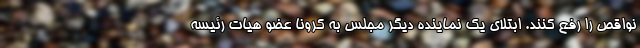
نواقص را رفع کنند. ابتلای یک نماینده دیگر مجلس به کرونا عضو هیات رئیسه